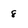
Character: 8